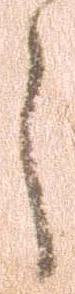
之